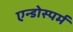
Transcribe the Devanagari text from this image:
एन्डोस्पर्म